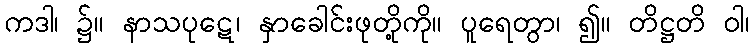
ကဒါ၊ ၌။ နာသပုဋေ၊ နှာခေါင်းဖုတို့ကို။ ပူရေတွာ၊ ၍။ တိဋ္ဌတိ ဝါ၊